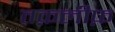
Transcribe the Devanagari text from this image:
तक़लीफ़